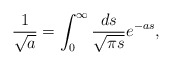
\begin{align*}\frac {1} {\sqrt{a}} = \int_0^{\infty} \frac {ds} {\sqrt{\pi s}}e^{-as},\end{align*}